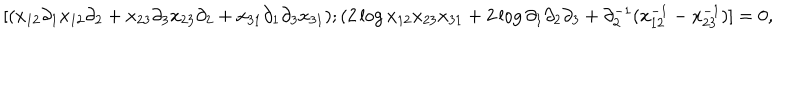
[ ( x _ { 1 2 } \partial _ { 1 } x _ { 1 2 } \partial _ { 2 } + x _ { 2 3 } \partial _ { 3 } x _ { 2 3 } \partial _ { 2 } + x _ { 3 1 } \partial _ { 1 } \partial _ { 3 } x _ { 3 1 } ) ; ( 2 \log x _ { 1 2 } x _ { 2 3 } x _ { 3 1 } + 2 \log \partial _ { 1 } \partial _ { 2 } \partial _ { 3 } + \partial _ { 2 } ^ { - 1 } ( x _ { 1 2 } ^ { - 1 } - x _ { 2 3 } ^ { - 1 } ) ] = 0 ,